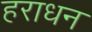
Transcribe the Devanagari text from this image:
हराधन